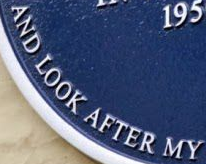
AND LOOK AFTER MY